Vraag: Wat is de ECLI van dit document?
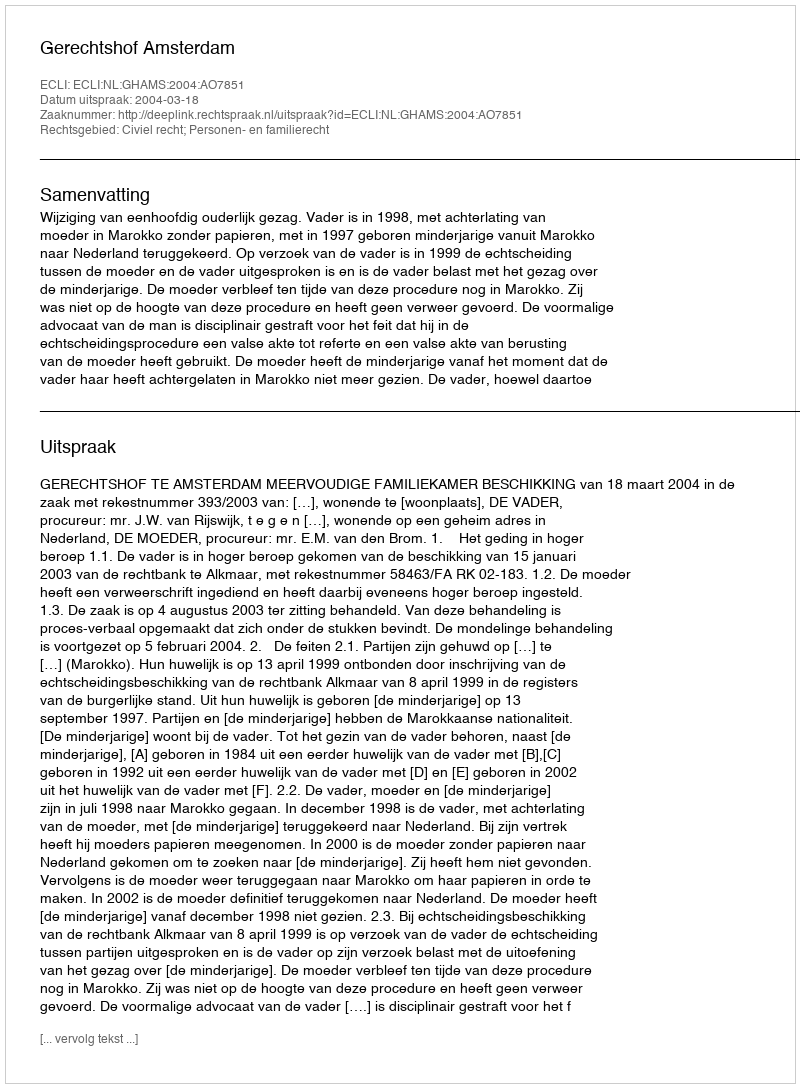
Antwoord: ECLI:NL:GHAMS:2004:AO7851